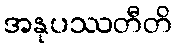
အနုပဿတီတိ